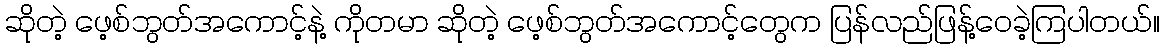
ဆိုတဲ့ ဖေ့စ်ဘွတ်အကောင့်နဲ့ ကိုတမာ ဆိုတဲ့ ဖေ့စ်ဘွတ်အကောင့်တွေက ပြန်လည်ဖြန့်ဝေခဲ့ကြပါတယ်။